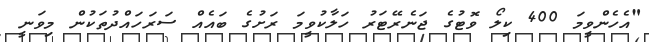
"އެހެންވީމަ 400 ކިލޯ ވޮޓުގެ ޖަނެރޭޓަރު ހަލާކުވީމަ ރަށުގެ ބައެއް ސަރަހައްދުތަކުން މިވަނީ